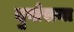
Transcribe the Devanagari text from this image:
दुर्वासना